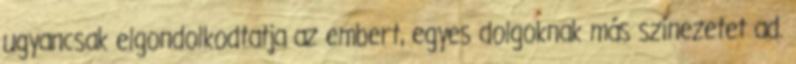
ugyancsak elgondolkodtatja az embert, egyes dolgoknak más színezetet ad.